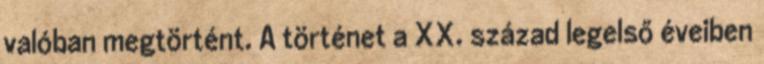
valóban megtörtént. A történet a XX. század legelső éveiben